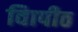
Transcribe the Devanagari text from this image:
विापीठ